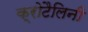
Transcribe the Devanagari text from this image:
क्रोटैलिनी